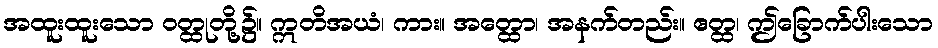
အထူးထူးသော ဝတ္ထုတို့၌။ ဣတိအယံ၊ ကား။ အတ္ထော၊ အနက်တည်း။ ဧတ္ထ၊ ဤခြောက်ပါးသော